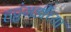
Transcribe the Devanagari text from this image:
हट्टंगडींच्या